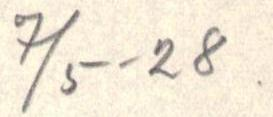
7/5-28.